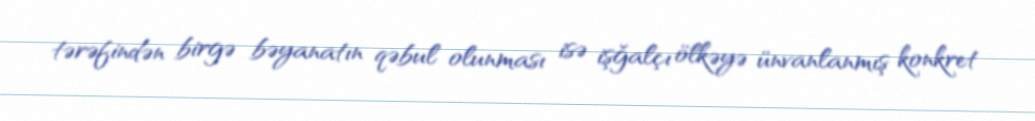
tərəfindən birgə bəyanatın qəbul olunması isə işğalçı ölkəyə ünvanlanmış konkret